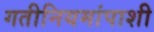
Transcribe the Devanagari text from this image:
गतीनियमांपाशी